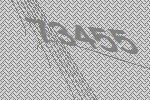
73455